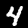
Digit: 4